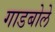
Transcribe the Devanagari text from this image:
गाडबोले